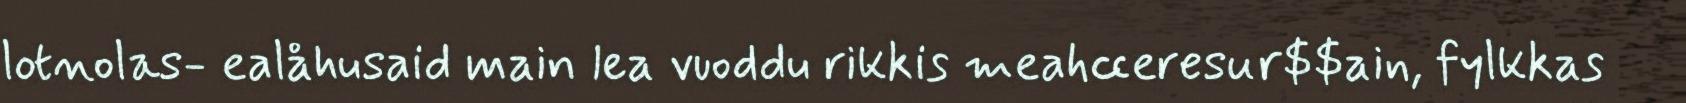
lotnolas- ealåhusaid main lea vuoddu rikkis meahcceresur$$ain, fylkkas